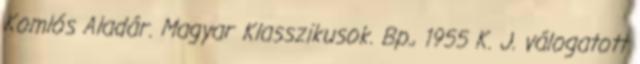
Komlós Aladár. Magyar Klasszikusok. Bp., 1955 K. J. válogatott